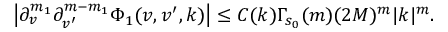
\begin{array} { r } { \left| \partial _ { v } ^ { m _ { 1 } } \partial _ { v ^ { \prime } } ^ { m - m _ { 1 } } \Phi _ { 1 } ( v , v ^ { \prime } , k ) \right| \leq C ( k ) \Gamma _ { s _ { 0 } } ( m ) ( 2 M ) ^ { m } | k | ^ { m } . } \end{array}